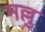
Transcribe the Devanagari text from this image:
मल्लु